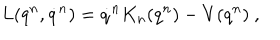
LaTeX: L ( q ^ { n } , \dot { q } ^ { n } ) = \dot { q } ^ { n } K _ { n } ( q ^ { n } ) - V ( q ^ { n } ) \ ,